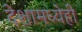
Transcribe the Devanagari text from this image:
देशामध्येही